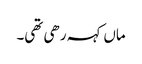
ماں کہہ رھی تھی۔